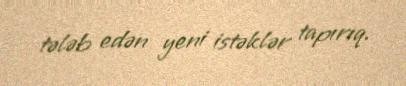
tələb edən yeni istəklər tapırıq.